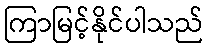
ကြာမြင့်နိုင်ပါသည်